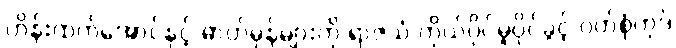
ဟိန်းထက်အောင်နှင့် ဓာတ်မှန်များကို ရာဇသံ ကိုယ်ပိုင်မူပိုင်ခွင့် ဝတ်စုံကုဒ်